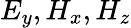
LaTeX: E_{y},H_{x},H_{z}